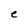
Character: e